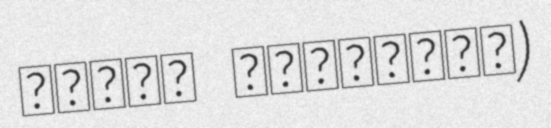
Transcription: زیارت ابوالفضل‎)